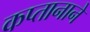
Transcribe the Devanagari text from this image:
कप्‍तानाने